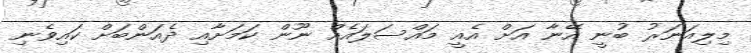
މިލިއަނަރު ބުނީ އޭނާ އަށް އެއީ މައްސަލައެއް ނޫން ކަމަށާއި ދެއަންބަށް ކައިވެނި